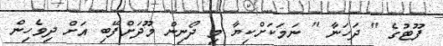
ފޫޓުގެ " ދަހަނާ " ނަމަކަށްކިޔާ މި ދޯނިން މޫދަށްފޭބި އަށް ދިވެހިން